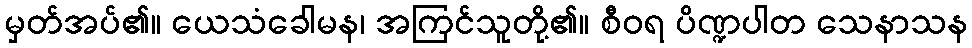
မှတ်အပ်၏။ ယေသံခေါမန၊ အကြင်သူတို့၏။ စီဝရ ပိဏ္ဍပါတ သေနာသန